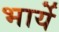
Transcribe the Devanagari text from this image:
भार्ये